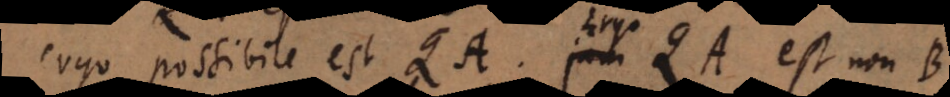
ergo possibile est QA. Ergo QA est non Bex